Annual statistical returns and brief notes on vaccination in Bengal - 1887-1898
Year: 1887
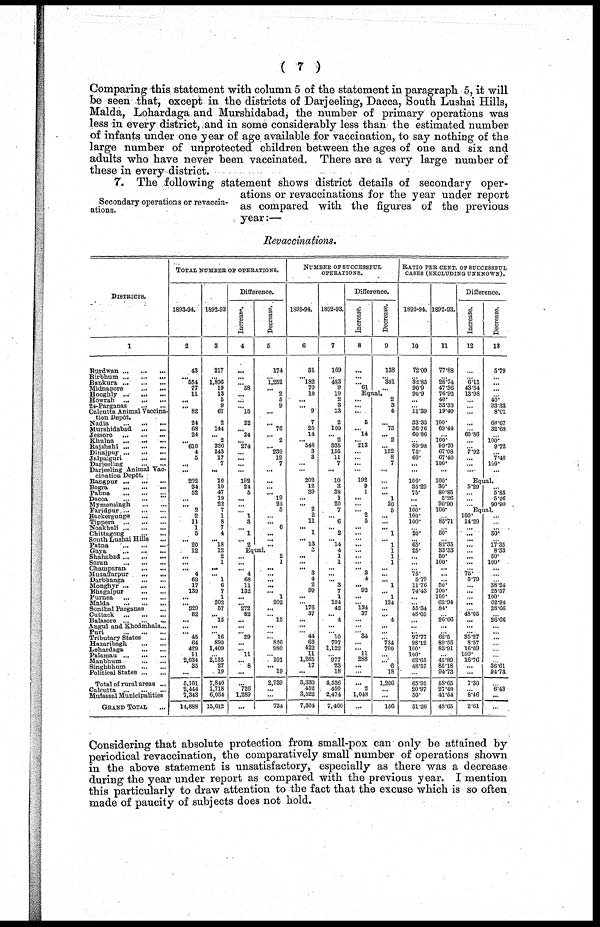
( 7 )
Comparing this statement with column 5 of the statement in paragraph 5, it will
be seen that, except in the districts of Darjeeling, Dacca, South Lushai Hills,
Malda, Lohardaga and Murshidabad, the number of primary operations was
less in every district, and in some considerably less than the estimated number
of infants under one year of age available for vaccination, to say nothing of the
large number of unprotected children between the ages of one and six and
adults who have never been vaccinated. There are a very large number of
these in every district.
Secondary operations or revaccin-
ations.
7. The following statement shows district details of secondary oper-
ations or revaccinations for the year under report
as compared with the figures of the previous
year:—
Revaccinations.
DISTRICTS.
l
Burdwan
...
...
...
Birbhum
...
...
...
Bankura
...
...
...
Midnapore ... ...
Hooghly ...
...
...
Howrah
...
...
...
24-Parganas
...
...
Calcutta Animal Vaccina-
tion Depôt.
Nadia
...
...
...
Murshidabad
...
...
Jessore
...
...
...
Khulna
...
...
...
Rajshahi
...
...
...
Dinajpur
...
...
...
Jalpaiguri
...
...
Darjeeling
Darjeeling Animal Vac-
cination Depôt.
Rangpur ... ... ...
Bogra
...
...
...
Pabna ... ... ...
Dacca
...
...
...
Mymensingh
...
...
Faridpur ... ... ...
Backergunge
...
...
Tippera
...
...
...
Noakhali
...
...
...
Chittagong
... ...
South Lushai Hills ...
Patna
...
...
...
Gaya
...
...
...
Shahabad
...
...
...
Saran
...
...
...
Champaran
...
...
Muzaffarpur
...
...
Darbhanga
...
...
Monghyr
...
...
...
Bhagalpur
...
...
Purnea
...
...
...
Malda
...
...
...
Sonthal Parganas ...
Cuttack
...
...
...
Balasore
...
...
...
Angul and Khodmhals...
Puri
...
...
...
Tributary States ...
Hazaribagh
...
...
Lohardaga
...
...
Palamau ...
...
...
Manbhum
...
...
Singhbhum
...
...
Political States
...
...
Total of rural areas ...
Calcutta
...
...
...
Mufassal Municipalities
GRAND TOTAL ...
TOTAL NUMBER OF OPERATIONS.
1893-94.
2
43
...
554
77
11
...
... 82
24
68
24
...
610
4
5
...
...
202
34
52
...
... 2
2
11
1
5
... 20
12
...
...
... 4
69
17
139
...
... 329
82
...
...
...
45
64
429
11
2,034
35
...
5,101
2,444
7,343
14,888
1892-93
3
217
...
1,806
19
13
5
9
67
2
144
...
2
336
243
17
7
...
10
10
47
19
22
7
1
8
7
4
...
18
12
2
1
...
... 1
6
7
1
202
57
... 15
...
...
16
890
1,409
. ..
2,135 27
19
7,840
1,718
6,054
15,612
Difference.
Increase.
4
...
...
. .. 58
... ...
...
15
22
... 24
... 274
...
...
...
...
192
24
5
...
...
... 1
3
...
1
. .. 2
Decrease.
5
174
...
1,252
... 2
5
9
...
... 76
... 2
... 239
12
7
...
...
...
... 19
22
5
...
... 6
...
... ...
Equal.
...
...
...
4
68
11
132
...
... 272
82
...
...
...
29
...
... 11
... 8
...
..
726
1,289
...
2
1
...
...
...
...
... 1
202
...
... 15
...
...
... 826
980
...
101
... 19
2,739
...
...
724
NUMBER OF SUCCESSFUL
OPERATIONS.
1893-94.
6
31
... 182
70
10
...
... 9
7
25
14
...
548
3
3
...
...
202
12
39
...
... 2
2
11
...
1
... 13
3
...
...
... 3
4
2
99
...
... 176
37
...
...
...
44
63
422
11
1,265
17
...
3,330
452
3,522
7,304
1892-93.
7
169
...
483
9
10
2
3
13
2
100
... 2
335
155
11
7
...
10
3
38
1
20
7
... 6
... 2
. .. 14
4
1
1
...
... ...
3
7
1
124
42
... 4
...
...
10
797
1,122
...
977
23
18
4,536
450
2,474
7,460
Difference.
Increase.
8
...
...
... 61
Decrease.
9
138
... 301
...
Equal.
...
...
...
5
... 14
... 213
...
... ...
...
192
9
1
...
...
... 2
5
...
... ...
...
...
...
...
... 3
4
... 92
...
... 134
37
...
...
...
34
...
... 11
288
...
...
...
2
1,048
...
2
3
4
... 75
... 2
... 152
8
7
...
...
...
... 1
20
5
...
...
... 1
...
1
1
1
1
...
... ...
1
... 1
124
...
... 4
...
...
... 734
700
...
... 6
18
1,206
...
...
156
RATIO PER CENT. OF SUCCESSFUL
CASES (EXCLUDING UNKNOWN).
1893-94.
10
72.09
... 32.85
90.9
90.9
...
...
11.39
33.33
36.76
60.86
...
89.98
75.
60.
...
100.
35.29
75.
...
...
100.
100.
100.
...
20.
...
65.
25.
...
...
...
75.
5.79
11.76
74.43
...
55.34
48.05
...
...
...
97.77
98.12
100.
100.
62.65
48.57
...
65.95
20.97
50.
51.26
1892-93.
11
77.88
...
26.74
47.36
76.92
40.
33.33
19.40
100.
69.44
...
100.
99.70
67.08
67.40
100.
...
100.
30. 80.85
5.26
90.90
100.
...
85.71
...
50.
...
82.35
33.33
50.
100.
...
...
...
50.
100.
100.
62.94
84.
...
26.66
...
...
62.5
89.55
83.91
...
45.89
85.18
94.73
58.65
27.40
41.54
48.65
Difference.
Increase.
12
...
...
6.11
43.54
13.98
. ..
...
...
. ..
60.86
...
... 7.92
...
...
...
Decrease.
13
5.79
...
...
...
...
40.
33.33
8.01
66.67
32.68
...
100.
9.72
...
7.40
100.
...
Equal.
5.29
...
...
...
... 5.85
5.26
90.90
Equal.
100.
14.29
...
...
...
...
...
...
...
...
75.
5.79
...
...
...
...
...
48.05
...
...
...
35.27
8.57
16.09
100.
16.76
...
...
7.30
... 8.46
2.61
...
...
...
30.
...
17.35
8.33
50.
100.
...
...
...
38.24
25.57
100.
62.94
28.66
...
26.66
...
...
...
...
...
...
...
36.61
94.73
...
6.43
...
...
Considering that absolute protection from small-pox can only be attained by
periodical revaccination, the comparatively small number of operations shown
in the above statement is unsatisfactory, especially as there was a decrease
during the year under report as compared with the previous year. I mention
this particularly to draw attention to the fact that the excuse which is so often
made of paucity of subjects does not hold.